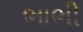
ભાભી